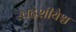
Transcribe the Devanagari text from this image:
स्वदेशीयैश्च